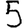
Digit: 5